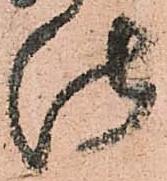
仕